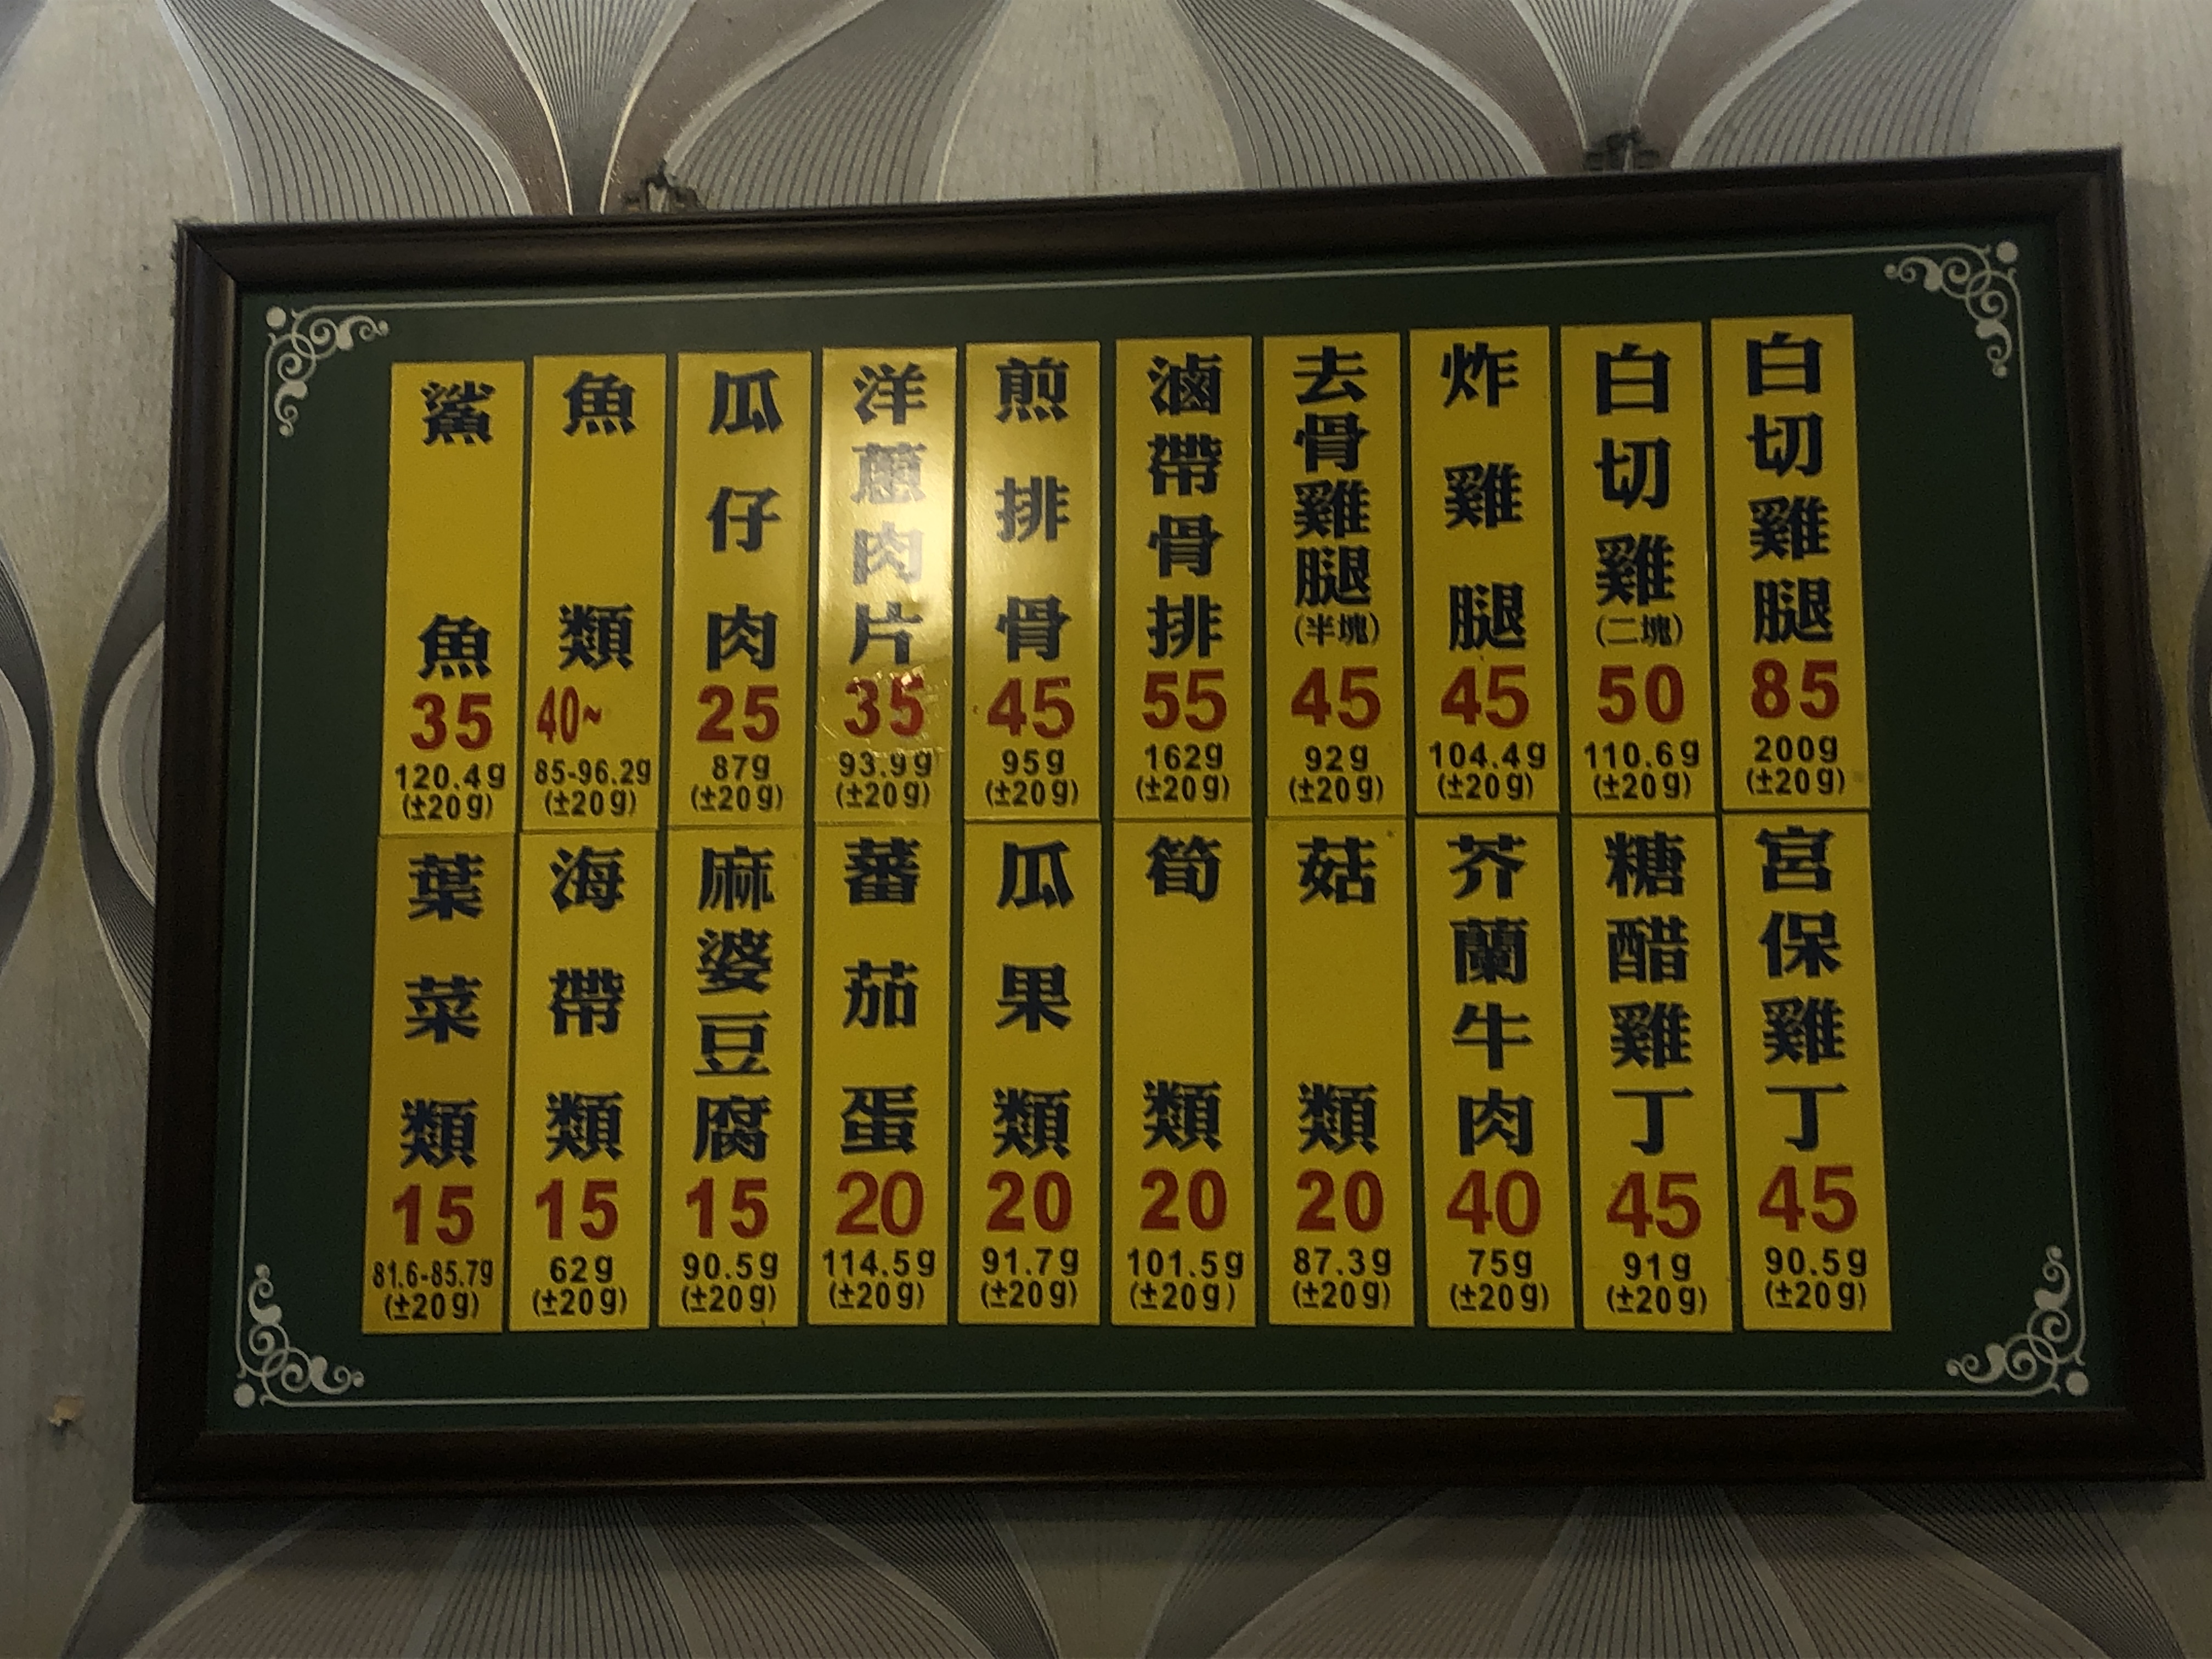
菜單：
name: 魚
price: 35
name: 葉菜類
price: 15
name: 魚類
price: 40~
name: 海帶類
price: 15
name: 瓜仔肉
price: 25
name: 麻婆豆腐
price: 15
name: 洋蔥肉片
price: 35
name: 蕃茄蛋
price: 20
name: 煎排骨
price: 45
name: 瓜果類
price: 20
name: 滷帶骨排
price: 55
name: 筍類
price: 20
name: 去骨雞腿 (半塊)
price: 45
name: 菇類
price: 20
name: 炸雞腿
price: 45
name: 芥蘭牛肉
price: 40
name: 白切雞腿 (二塊)
price: 50
name: 糖醋雞丁
price: 45
name: 白切雞腿
price: 85
name: 宮保雞丁
price: 45